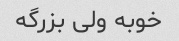
خوبه ولی بزرگه